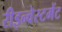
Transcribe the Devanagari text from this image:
रीइन्वेस्टमेंट